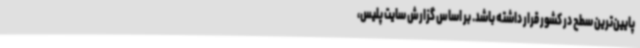
پایین‌ترین سطح در کشور قرار داشته باشد. بر اساس گزارش سایت پلیس،